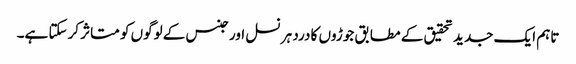
تاہم ایک جدید تحقیق کے مطابق جوڑوں کا درد ہر نسل اور جنس کے لوگوں کو متاثر کرسکتا ہے۔